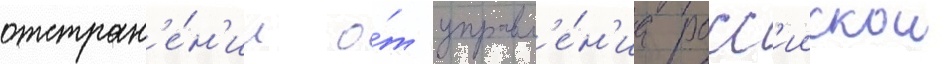
отстран'е́н'ии о́т управл'е́н'иа росс'иискои